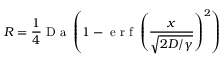
R = \frac { 1 } { 4 } \textrm { D a } \left( 1 - \textrm { e r f } \left( \frac { x } { \sqrt { 2 D / \gamma } } \right) ^ { 2 } \right)